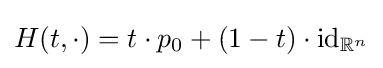
H(t,\cdot )=t\cdot p_{0}+(1-t)\cdot \operatorname {id} _{\mathbb {R} ^{n}}